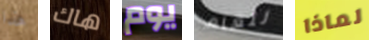
هذا هاك يوم للعام لماذا